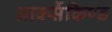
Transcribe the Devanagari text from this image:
आर्क्सैकिण्ड